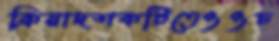
ক্রিয়াদশকটিতেওওচ